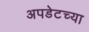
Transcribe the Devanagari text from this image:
अपडेटच्या